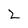
Character: 2